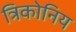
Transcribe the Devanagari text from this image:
त्रिकोनिय